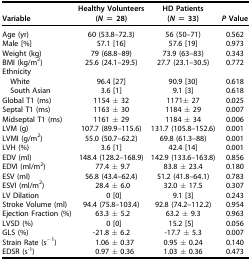
<table><thead><tr><td><b>Variable</b></td><td><b>Healthy Volunteers(<i>N</i> = 28)</b></td><td><b>HD Patients(<i>N</i> = 33)</b></td><td><b><i>P</i> Value</b></td></tr></thead><tbody><tr><td>Age (yr)</td><td>60 (53.8–72.3)</td><td>56 (50–71)</td><td>0.562</td></tr><tr><td>Male [%]</td><td>57.1 [16]</td><td>57.6 [19]</td><td>0.973</td></tr><tr><td>Weight (kg)</td><td>79 (68.8–89)</td><td>73.9 (63–83)</td><td>0.343</td></tr><tr><td>BMI (kg/m<sup>2</sup>)</td><td>25.6 (24.1–29.5)</td><td>27.7 (23.1–30.5)</td><td>0.772</td></tr><tr><td>Ethnicity</td><td></td><td></td><td></td></tr><tr><td> White</td><td>96.4 [27]</td><td>90.9 [30]</td><td>0.618</td></tr><tr><td> South Asian</td><td>3.6 [1]</td><td>9.1 [3]</td><td>0.618</td></tr><tr><td>Global T1 (ms)</td><td>1154 ± 32</td><td>1171± 27</td><td>0.025</td></tr><tr><td>Septal T1 (ms)</td><td>1163 ± 30</td><td>1184 ± 29</td><td>0.007</td></tr><tr><td>Midseptal T1 (ms)</td><td>1161 ± 29</td><td>1184 ± 34</td><td>0.006</td></tr><tr><td>LVM (g)</td><td>107.7 (89.9–115.6)</td><td>131.7 (105.8–152.6)</td><td>0.001</td></tr><tr><td>LVMI (g/m<sup>2</sup>)</td><td>55.0 (50.7–62.2)</td><td>69.8 (61.3–88)</td><td>0.001</td></tr><tr><td>LVH (%)</td><td>3.6 [1]</td><td>42.4 [14]</td><td>0.001</td></tr><tr><td>EDV (ml)</td><td>148.4 (128.2–168.9)</td><td>142.9 (133.6–163.8)</td><td>0.856</td></tr><tr><td>EDVI (ml/m<sup>2</sup>)</td><td>77.4 ± 9.7</td><td>83.8 ± 23.4</td><td>0.180</td></tr><tr><td>ESV (ml)</td><td>56.8 (43.4–62.4)</td><td>51.2 (41.8–64.1)</td><td>0.783</td></tr><tr><td>ESVI (ml/m<sup>2</sup>)</td><td>28.4 ± 6.0</td><td>32.0 ± 17.5</td><td>0.307</td></tr><tr><td>LV Dilation</td><td>0 [0]</td><td>9.1 [3]</td><td>0.243</td></tr><tr><td>Stroke Volume (ml)</td><td>94.4 (75.8–103.4)</td><td>92.8 (74.2–112.2)</td><td>0.954</td></tr><tr><td>Ejection Fraction (%)</td><td>63.3 ± 5.2</td><td>63.2 ± 9.3</td><td>0.963</td></tr><tr><td>LVSD (%)</td><td>0 [0]</td><td>15.2 [5]</td><td>0.056</td></tr><tr><td>GLS (%)</td><td>-21.8 ± 6.2</td><td>-17.7 ± 5.3</td><td>0.007</td></tr><tr><td>Strain Rate (s<sup>−1</sup>)</td><td>1.06 ± 0.37</td><td>0.95 ± 0.24</td><td>0.140</td></tr><tr><td>EDSR (s<sup>-1</sup>)</td><td>0.97 ± 0.36</td><td>1.03 ± 0.36</td><td>0.473</td></tr></tbody></table>